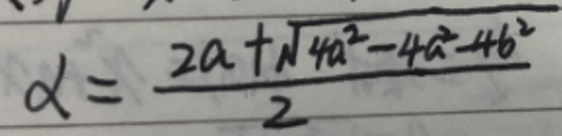
\[
\alpha=\frac{2a + \sqrt{4a^{2}-4a^{2}-4b^{2}}}{2}
\]